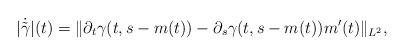
LaTeX: \begin{align*}|\dot{\tilde{\gamma}}|(t)=\|\partial_t\gamma(t,s-m(t))-\partial_s\gamma(t,s-m(t))m'(t)\|_{L^2},\end{align*}